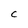
Character: C